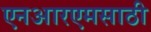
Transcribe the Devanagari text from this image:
एनआरएमसाठी